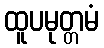
ထူပမုတ္တမံ